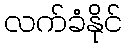
လက်ခံနိုင်